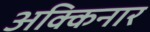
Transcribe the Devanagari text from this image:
अक्किनार